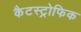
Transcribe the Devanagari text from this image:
कैटस्ट्रोफिक